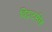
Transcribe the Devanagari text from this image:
विट्वाटर्सरेंड